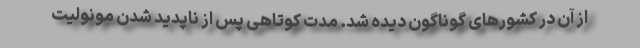
از آن در کشورهای گوناگون دیده شد. مدت کوتاهی پس از ناپدید شدن مونولیت